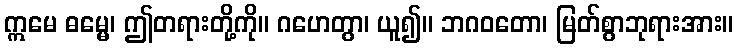
ဣမေ ဓမ္မေ၊ ဤတရားတို့ကို။ ဂဟေတွာ၊ ယူ၍။ ဘဂဝတော၊ မြတ်စွာဘုရားအား။